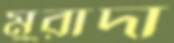
মুরাদা